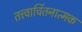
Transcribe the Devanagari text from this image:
तत्त्वाचिंतनात्मक